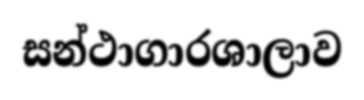
සන්ථාගාරශාලාව